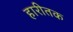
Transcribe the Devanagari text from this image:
हारीतक